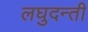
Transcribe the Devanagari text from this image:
लघुदन्ती